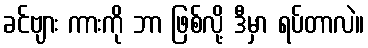
ခင်ဗျား ကားကို ဘာ ဖြစ်လို့ ဒီမှာ ရပ်တာလဲ။